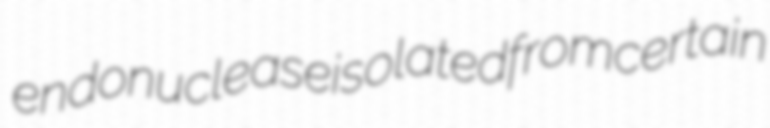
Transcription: endonuclease isolated from certain